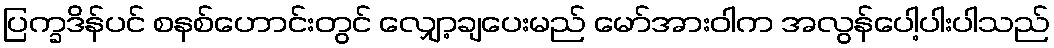
ပြက္ခဒိန်ပင် စနစ်ဟောင်းတွင် လျှော့ချပေးမည် မော်အားဝါက အလွန်ပေါ့ပါးပါသည်